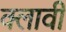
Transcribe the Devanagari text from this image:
क्लावी